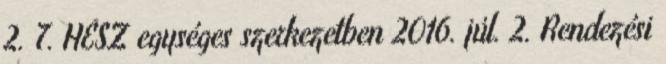
2. 7. HÉSZ egységes szerkezetben 2016. júl. 2. Rendezési